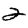
Digit: 2